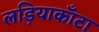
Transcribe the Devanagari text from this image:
लड़ियाकाँटा